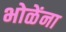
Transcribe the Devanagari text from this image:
भोळेंना